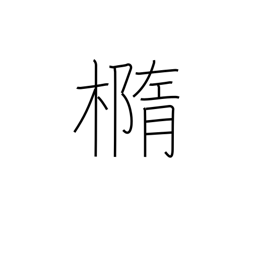
Meaning: ellipse